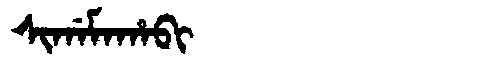
Manchu: ᠰᡳᡤᠠᠮᠠᡥᠠᠪᡳ
Romanization: SIGAMAHABI